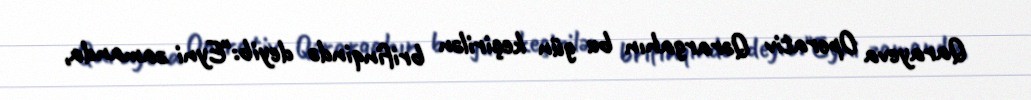
Qarayeva Operativ Qərargahın bu gün keçirilən brifinqində deyib:"Eyni zamanda,